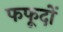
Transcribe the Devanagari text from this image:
फफूदों